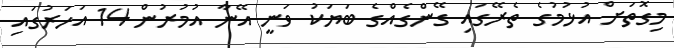
މިގޮތަށް އުޅުމުގެ ތެރޭގައި ގޭންގެއްގެ ބަޔަކު ވަނީ އޭނާ އުމުރުން 14 އަހަރުގައި